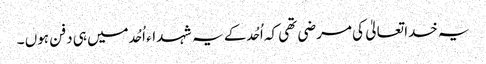
یہ خدا تعالیٰ کی مرضی تھی کہ اُحُد کے یہ شہداء اُحُد میں ہی دفن ہوں ۔